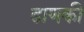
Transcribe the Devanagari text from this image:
ढाणकी